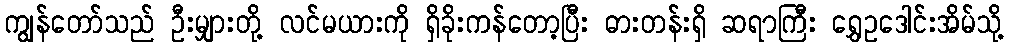
ကျွန်တော်သည် ဦးမျှားတို့ လင်မယားကို ရှိခိုးကန်တော့ပြီး ဓားတန်းရှိ ဆရာကြီး ရွှေဥဒေါင်းအိမ်သို့